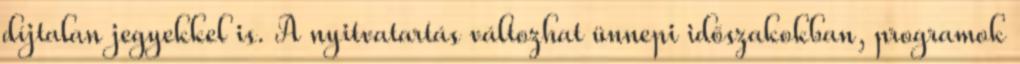
díjtalan jegyekkel is. A nyitvatartás változhat ünnepi időszakokban, programok